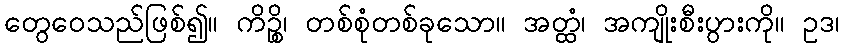
တွေဝေသည်ဖြစ်၍။ ကိဉ္စိ၊ တစ်စုံတစ်ခုသော။ အတ္ထံ၊ အကျိုးစီးပွားကို။ ဥဒ၊